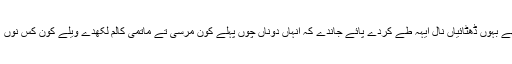
دونوں اکثر نال بیٹھے بہوں ڈھٹائیاں نال ایہہ طے کردے پائے جاندے کہ انہاں دوناں چوں پہلے کون مرسی تے ماتمی کالم لکھدے ویلے کون کس نوں ’’بے نقاب‘‘ کرسی۔